system: You are a helpful assistant.
user:
Analyze the provided spectrum to determine if it is a **M-type Giant (gM)**.

A M-type Giant spectrum is defined by its **strong molecular absorption** features, particularly from **Titanium Oxide (TiO)**. You must check for one of the following mutually exclusive signatures:

- **Key Visual Indicators (Absorption-Dominated Spectrum):**

    - **(Primary):** The spectrum is dominated by strong molecular absorption from **Titanium Oxide (TiO)**. This is the **defining feature** of its M-type temperature class.
        - **(Key Bandheads):** Look for sharp, "saw-tooth" absorption valleys. The strongest are located near **~7050 Å**, **~6160 Å**, and **~5170 Å**.
        - **(Line Profile):** The "saw-tooth" morphology is critical: a **sharp, steep drop on the BLUE (short-wavelength) side** of the bandhead, followed by a gradual recovery (rising flux) towards the RED (long-wavelength) side.

    - **(Key Confirmation - Giant vs. Dwarf):** **ABSENCE** of strong **Calcium Hydride (CaH)** molecular bands. This is the primary diagnostic for *excluding* M-dwarfs.
        - **(Key Region):** The spectrum should lack the strong, broad absorption band seen in dwarfs between **~6800 Å and ~7000 Å**.

    - **(Secondary Confirmation - Giant):** A very strong and broad **Neutral Calcium (Ca I)** atomic absorption line.
        - **(Key Line):** Located at **~4226 Å**. In a giant (gM), this line is significantly deeper and broader than the same line in an M-dwarf (dM) due to low surface gravity.

    - **(Overall Spectrum):**
        - The continuum is **extremely red-sloping** (i.e., flux is very low in the blue and rises dramatically towards the red).
        - The entire spectrum appears "chopped up" by the deep TiO bands.

Think first, call **spectral_visualization_tool** if needed to examine features in detail, then provide your final answer. Your response must adhere to the following strict rules:
1.  **Overall Structure:** Your response must follow the format `<think>...</think> <tool_call>...</tool_call> (if a tool is used) <answer>...</answer>`.
2.  **Tool Usage Constraint:** You may only make **one** tool call per turn.
3.  **Final Answer Format:** In the `<answer>` tag, your conclusion must be inside a `\boxed{}` command (e.g., `\boxed{YES}` or `\boxed{NO}`), followed by your justification.

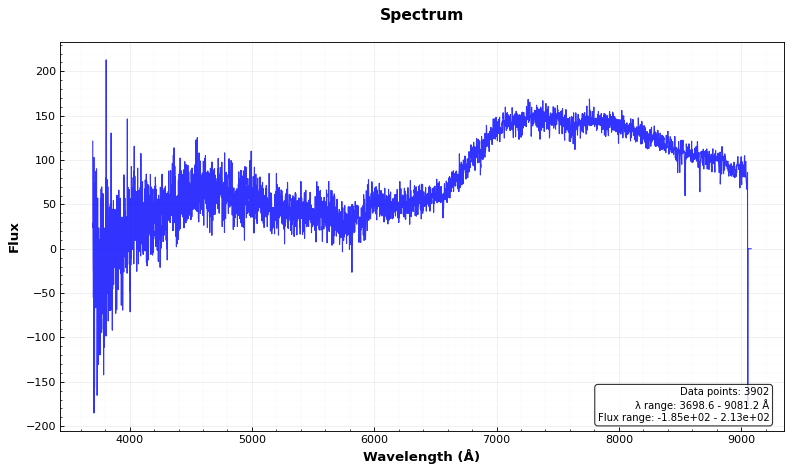
Answer: NO